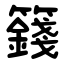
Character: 籛